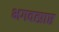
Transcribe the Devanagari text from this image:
भगवत्प्राप्त